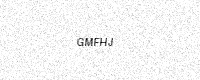
Text: GMFHJ